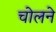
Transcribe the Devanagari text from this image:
चोलने